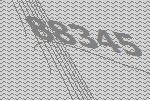
88345